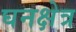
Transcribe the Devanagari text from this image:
घनक्षेत्र